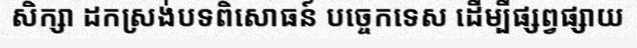
សិក្សា ដកស្រង់បទពិសោធន៍ បច្ចេកទេស ដើម្បីផ្សព្វផ្សាយ